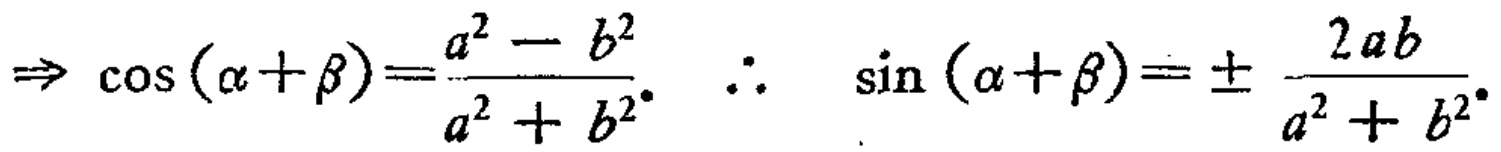
\(\Rightarrow \cos(\alpha+\beta)=\frac{a^{2}-b^{2}}{a^{2}+b^{2}}.\ \therefore\ \sin(\alpha + \beta)=\pm\frac{2ab}{a^{2}+b^{2}}.\)